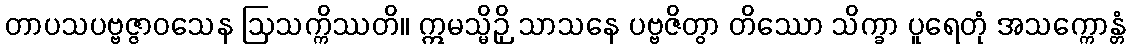
တာပသပဗ္ဗဇ္ဇာဝသေန ဩသက္ကိဿတိ။ ဣမသ္မိဉှိ သာသနေ ပဗ္ဗဇိတွာ တိဿော သိက္ခာ ပူရေတုံ အသက္ကောန္တံ